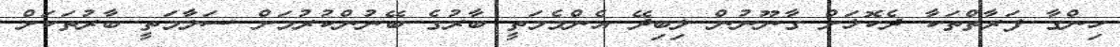
ހިންގާ ފަރާތްތަކާ ދެކޮޅަށް ގާނޫނުން ލިބިދޭ އެންމެމަތީ ބާރުގެ ބޭނުންކުރުމަށް ސަލާމަތީ ބާރުތަކަށް